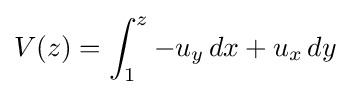
V(z)=\int _{1}^{z}-u_{y}\,dx+u_{x}\,dy